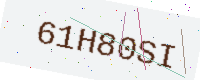
Text: 61H80SI